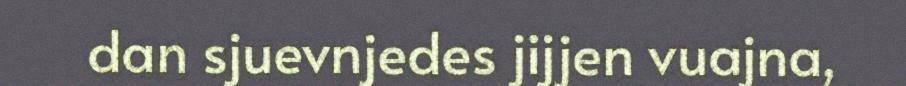
dan sjuevnjedes jijjen vuajna,